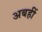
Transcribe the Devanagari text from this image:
अबहीं